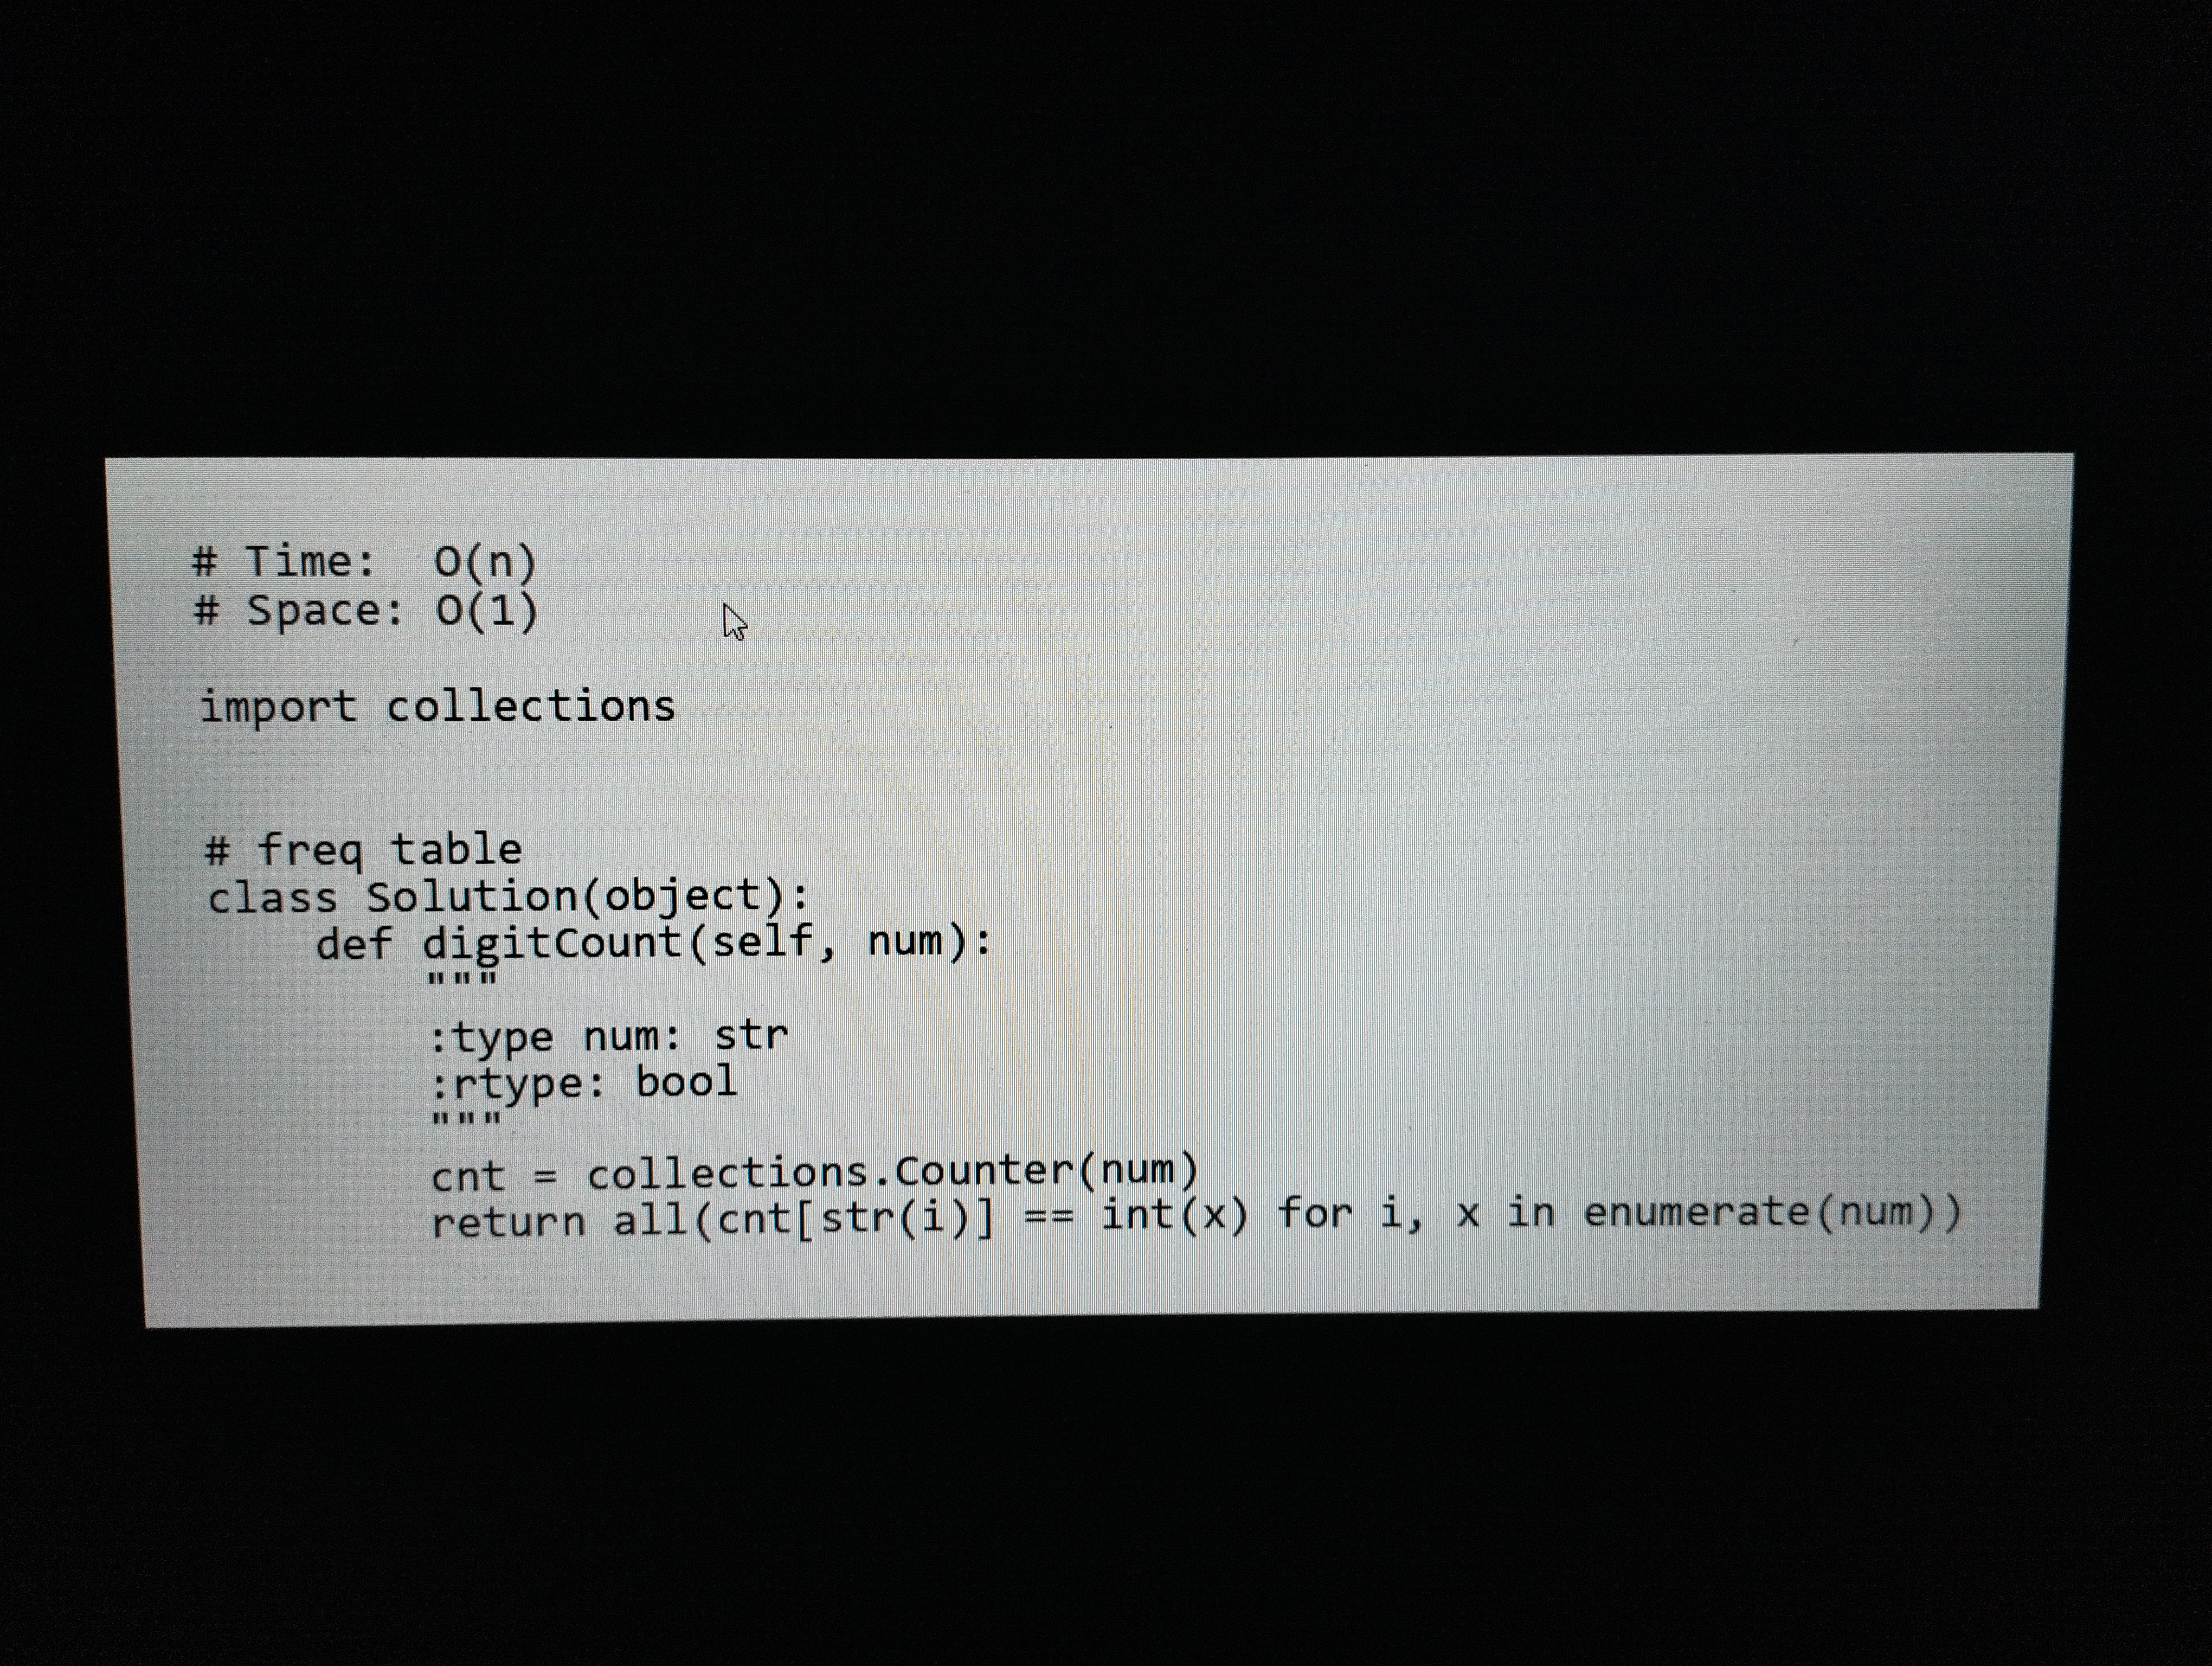
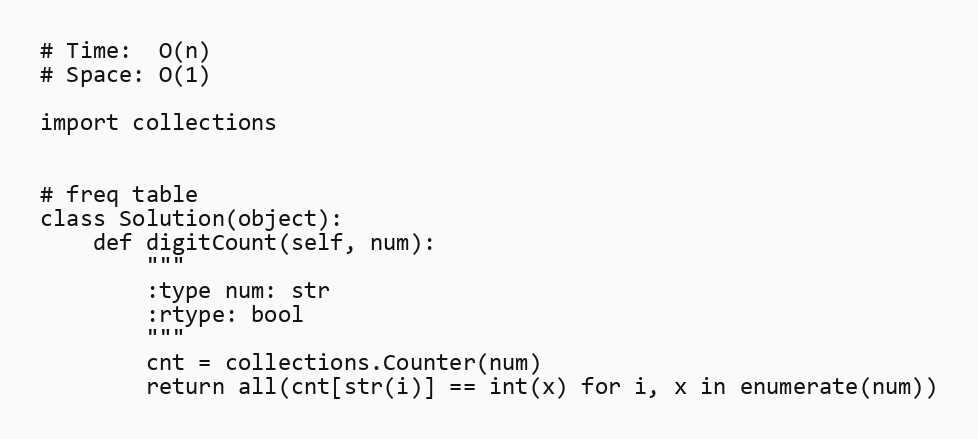
# Time:  O(n)
# Space: O(1)

import collections

# freq table
class Solution(object):
    def digitCount(self, num):
        """
        :type num: str
        :rtype: bool
        """
        cnt = collections.Counter(num)
        return all(cnt[str(i)] == int(x) for i, x in enumerate(num))